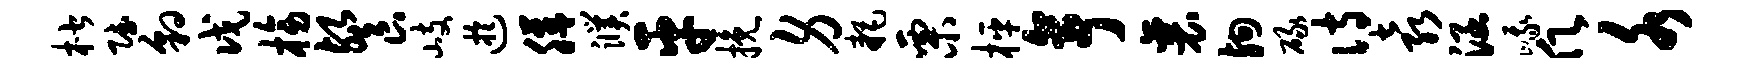
楷赋豹戊榜餐岐迂膳濮平挽身耗栗枰亭襄殉碌诗袁涵峨愿水